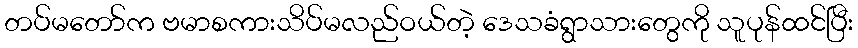
တပ်မတော်က ဗမာစကားသိပ်မလည်ဝယ်တဲ့ ဒေသခံရွာသားတွေကို သူပုန်ထင်ပြီး